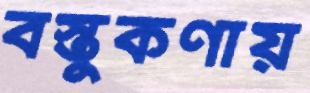
বস্তুকণায়